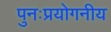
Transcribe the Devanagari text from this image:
पुनःप्रयोगनीय